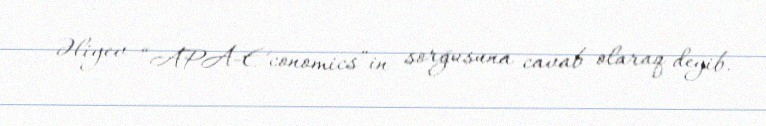
Əliyev “APA-Economics”in sorğusuna cavab olaraq deyib.